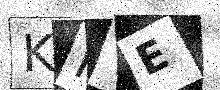
Text: KMTE